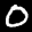
Label: 0